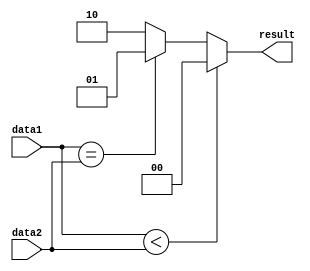
module Serial_Comparator (
    input [7:0] data1,
    input [7:0] data2,
    output reg [1:0] result
);

always @* begin
    if (data1 < data2) begin
        result = 2'b00; // data1 is less than data2
    end else if (data1 == data2) begin
        result = 2'b01; // data1 is equal to data2
    end else begin
        result = 2'b10; // data1 is greater than data2
    end
end

endmodule